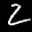
Label: 2